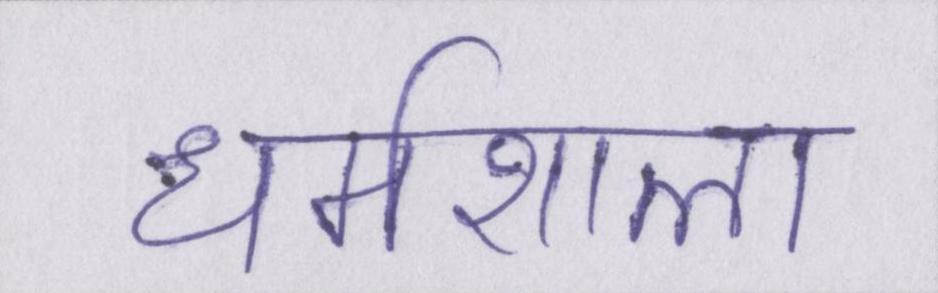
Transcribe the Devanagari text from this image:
धर्मशाला